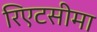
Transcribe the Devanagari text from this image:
रिएटसीमा